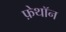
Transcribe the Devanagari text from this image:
फ़ेथॉन